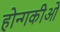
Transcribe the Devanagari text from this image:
होन्गकीओ